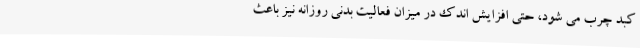
کبد چرب می شود، حتی افزایش اندک در میزان فعالیت بدنی روزانه نیز باعث